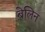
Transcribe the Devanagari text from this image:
बेलिन